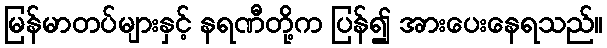
မြန်မာတပ်များနှင့် နရဏီတို့က ပြန်၍ အားပေးနေရသည်။